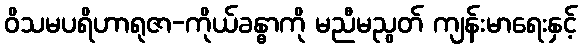
ဝိသမပရိဟာရုဇာ-ကိုယ်ခန္ဓာကို မညီမညွတ် ကျန်းမာရေးနှင့်